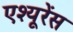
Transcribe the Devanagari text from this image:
एश्यूरेंस